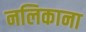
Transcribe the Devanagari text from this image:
नलिकाना